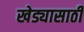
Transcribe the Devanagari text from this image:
खेड्यासाठी